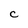
Character: C